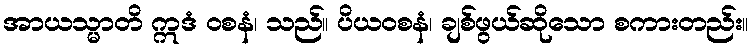
အာယသ္မာတိ ဣဒံ ဝစနံ၊ သည်။ ပိယဝစနံ၊ ချစ်ဖွယ်ဆိုသော စကားတည်း။